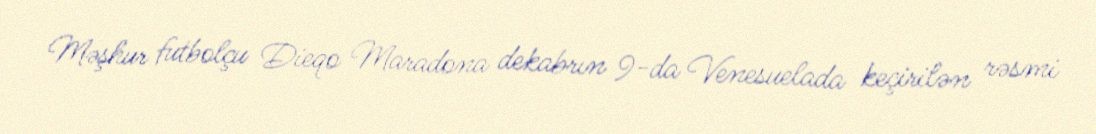
Məşhur futbolçu Dieqo Maradona dekabrın 9-da Venesuelada keçirilən rəsmi